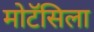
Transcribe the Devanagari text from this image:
मोटॅसिला